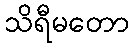
သိရီမတော